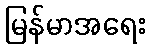
မြန်မာအရေး